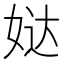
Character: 𰌄